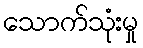
သောက်သုံးမှု